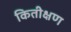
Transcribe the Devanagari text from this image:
कितीक्षण